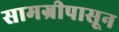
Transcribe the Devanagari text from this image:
सामग्रीपासून